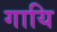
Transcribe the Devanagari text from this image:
गायि